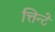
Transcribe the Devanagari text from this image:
त्तिन्टे